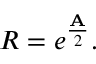
R = e ^ { \frac { \mathbf { A } } { 2 } } .